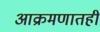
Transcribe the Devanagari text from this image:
आक्रमणातही